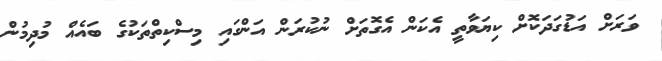
ވަރަށް އަޑުގަދަކޮށް ކިޔަވާތީ އެކަން އެގޮތަށް ނުކުރަން އަންގައި މިސްކިތްތަކުގެ ބައެއް މުދިމުން